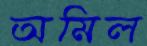
অমিল